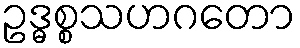
ဥဒ္ဓစ္စသဟဂတော